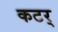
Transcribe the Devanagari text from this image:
कटर्‌